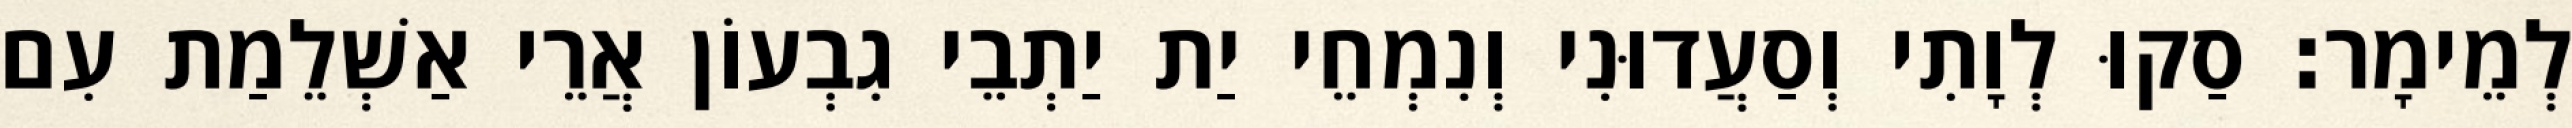
לְמֵימָר׃ סַקוּ לְוָתִי וְסַעֲדוּנִי וְנִמְחֵי יַת יַתְבֵי גִבְעוֹן אֲרֵי אַשְׁלֵמַת עִם